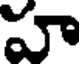
హ